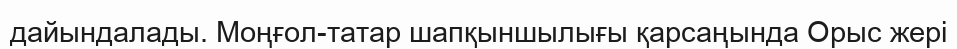
дайындалады. Моңғол-татар шапқыншылығы қарсаңында Орыс жері